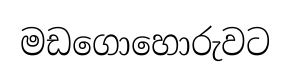
මඩගොහොරුවට